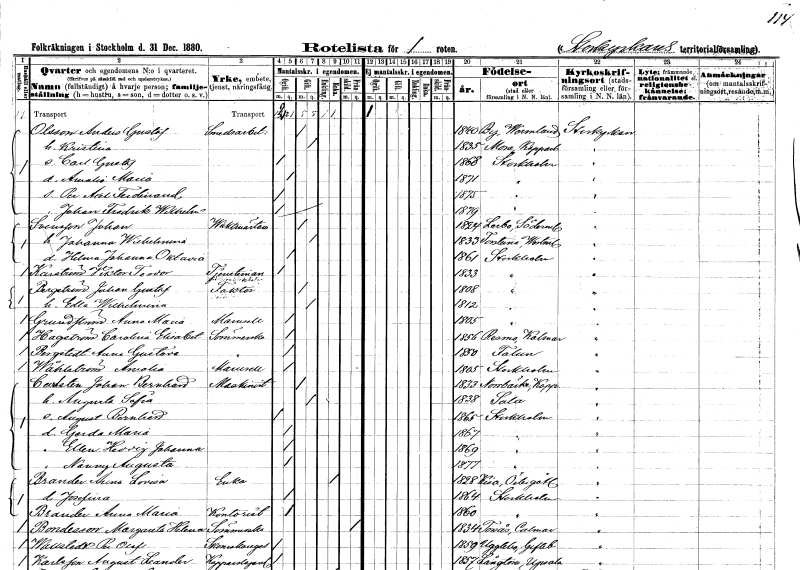
gt_parse: households: individuals: FN: Anders Gustaf
EN: Olsson
YRKE: Smedsarbetare
KON: M
CIV: G
FODAR: 1840
FODFORS: By Värmlands län
FN: Kristina
KON: K
CIV: G
FODAR: 1835
FODFORS: Mora Kopparbergs län
FN: Carl Gustaf
KON: M
CIV: O
FODAR: 1868
FODFORS: Stockholm
FN: Amalia Maria
KON: K
CIV: O
FODAR: 1871
FODFORS: Stockholm
FN: Per Axel Ferdinand
KON: M
CIV: O
FODAR: 1875
FODFORS: Stockholm
FN: Johan Fredrik Wilhelm
KON: M
CIV: O
FODAR: 1879
FODFORS: Stockholm
FN: Johan
EN: Svensson
YRKE: Vaktmästare
KON: M
CIV: G
FODAR: 1824
FODFORS: Lerbo Södermanlands län
FN: Johanna Wilhelmina
KON: K
CIV: G
FODAR: 1833
FODFORS: Torstuna Uppsala län
FN: Helena Johanna Oktavia
KON: K
CIV: O
FODAR: 1861
FODFORS: Stockholm
FN: Viktor Teodor
EN: Karström
YRKE: Tjänsteman vid Bostadsbolag
KON: M
CIV: O
FODAR: 1833
FODFORS: Stockholm
FN: Johan Gustaf
EN: Bergström
YRKE: Faktor
KON: M
CIV: G
FODAR: 1808
FODFORS: Stockholm
FN: Edla Wilhelmina
KON: K
CIV: G
FODAR: 1812
FODFORS: Stockholm
FN: Anna Maria
EN: Grundström
KON: K
CIV: O
FODAR: 1805
FODFORS: Stockholm
FN: Carolina Elisabet
EN: Hagström
YRKE: Sömmerska
KON: K
CIV: O
FODAR: 1856
FODFORS: Resmo Kalmar län
FN: Anna Gustava
EN: Bergstedt
YRKE: Sömmerska
KON: K
CIV: O
FODAR: 1850
FODFORS: Falun Kopparbergs län
FN: Amalia
EN: Wählström
KON: K
CIV: O
FODAR: 1805
FODFORS: Stockholm
FN: Johan Bernhard
EN: Carlsten
YRKE: Maskinist
KON: M
CIV: G
FODAR: 1833
FODFORS: Norrbärke Kopparbergs län
FN: Augusta Sofia
KON: K
CIV: G
FODAR: 1838
FODFORS: Sala Västmanlands län
FN: August Bernhard
KON: M
CIV: O
FODAR: 1865
FODFORS: Stockholm
FN: Gerda Maria
KON: K
CIV: O
FODAR: 1867
FODFORS: Stockholm
FN: Ellen Hedvig Johanna
KON: K
CIV: O
FODAR: 1869
FODFORS: Stockholm
FN: Nanny Augusta
KON: K
CIV: O
FODAR: 1877
FODFORS: Stockholm
FN: Anna Lovisa
EN: Brander
YRKE: Änka
KON: K
CIV: E
FODAR: 1828
FODFORS: Kisa Östergötlands län
FN: Josefina
KON: K
CIV: O
FODAR: 1864
FODFORS: Stockholm
FN: Anna Maria
EN: Brander
YRKE: Kontorist
KON: K
CIV: O
FODAR: 1860
FODFORS: Stockholm